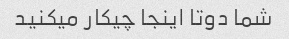
شما دوتا اینجا چیکار میکنید